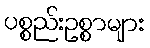
ပစ္စည်းဥစ္စာများ